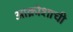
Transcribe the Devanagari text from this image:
आक्रोशाची